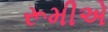
રૂમીએ